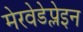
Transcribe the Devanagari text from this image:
मेरवेडेप्लेइन